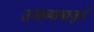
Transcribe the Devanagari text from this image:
उजव्याबाजुने